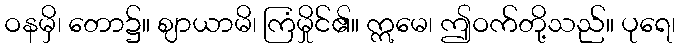
ဝနမှိ၊ တော၌။ ဈာယာမိ၊ ကြံမှိုင်၏။ ဣမေ၊ ဤဝက်တို့သည်။ ပုရေ၊